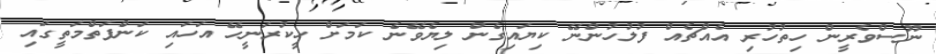
ނޫސްވެރީން ހިތުހުރި އެއްޗެއް ފުލުހުންނޭ ކިޔައިގެން ލިޔެވޭނެ ކަމަށް ހީކުރަނީހޭ އަހައި ކަންފަތްމަތީގައި